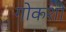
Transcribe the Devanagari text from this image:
गोकशी